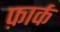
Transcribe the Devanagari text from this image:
फ़ार्क